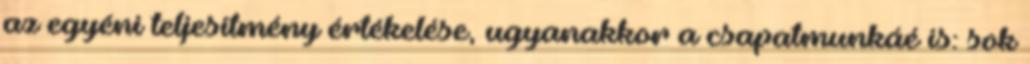
az egyéni teljesítmény értékelése, ugyanakkor a csapatmunkáé is: sok